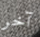
آخر